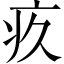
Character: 疚